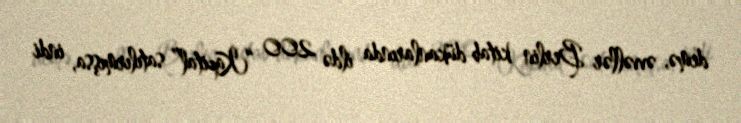
demə, əvvəllər Berlin kitab dükanlarında ildə 200 “Kapital” satılırmışsa, indi